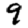
Digit: 9